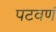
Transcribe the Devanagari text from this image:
पटवणं